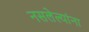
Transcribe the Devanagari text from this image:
नसलेल्यांना